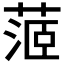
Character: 𦶜